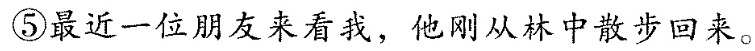
⑤最近一位朋友来看我，他刚从林中散步回来。